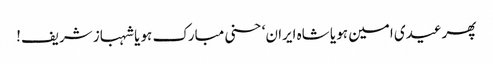
پھرعیدی امین ہو یا شاہ ایران‘ حسنی مبارک ہو یا شہباز شریف!